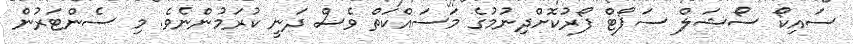
ސައިކޯ ސޯޝަލް ސަޕޯޓް ފޯރުކޮށްދިނުމުގެ މަސައްކަތް ވެސް ދަނީ ކުރަމުންނެވެ. މި ސެންޓަރުން